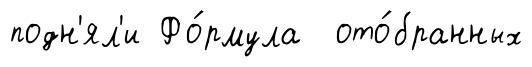
подн'ял'и Фо́рмула ото́бранных